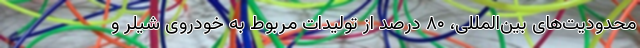
محدودیت‌های بین‌المللی، ۸۰ درصد از تولیدات مربوط به خودروی شیلر و